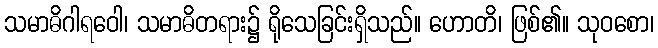
သမာဓိဂါရဝေါ၊ သမာဓိတရား၌ ရိုသေခြင်းရှိသည်။ ဟောတိ၊ ဖြစ်၏။ သုဝစော၊